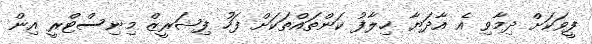
ފީވަކަށް ދިމާވި އެ އާދަޔާ ޚިލާފު ކަންތައްތަކަށް ފަހު ފިޝަރީޒް މިނިސްޓްރީ އިން